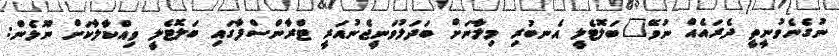
ނުގެނެވުނީތީ ދެރައެއް ނުވޭ"ބަލޮޓެލީ އެނބުރި މިލާނަށް ބަދަލުވަނީޖެނުއަރީ ޓްރާންސްފާގައި ބަލޮޓެލީ ވިއްކާލާކަށް ނޫޅެން: